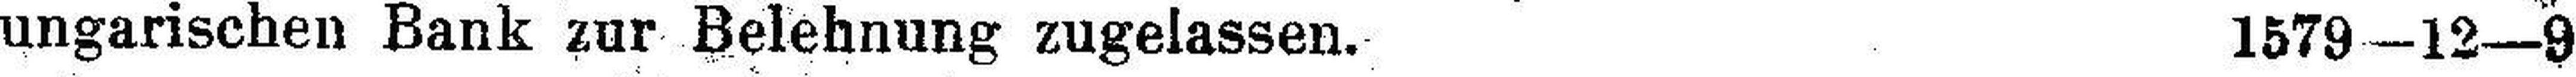
ungarischen Bank zur Belehnung zugelassen. 1579—12—9